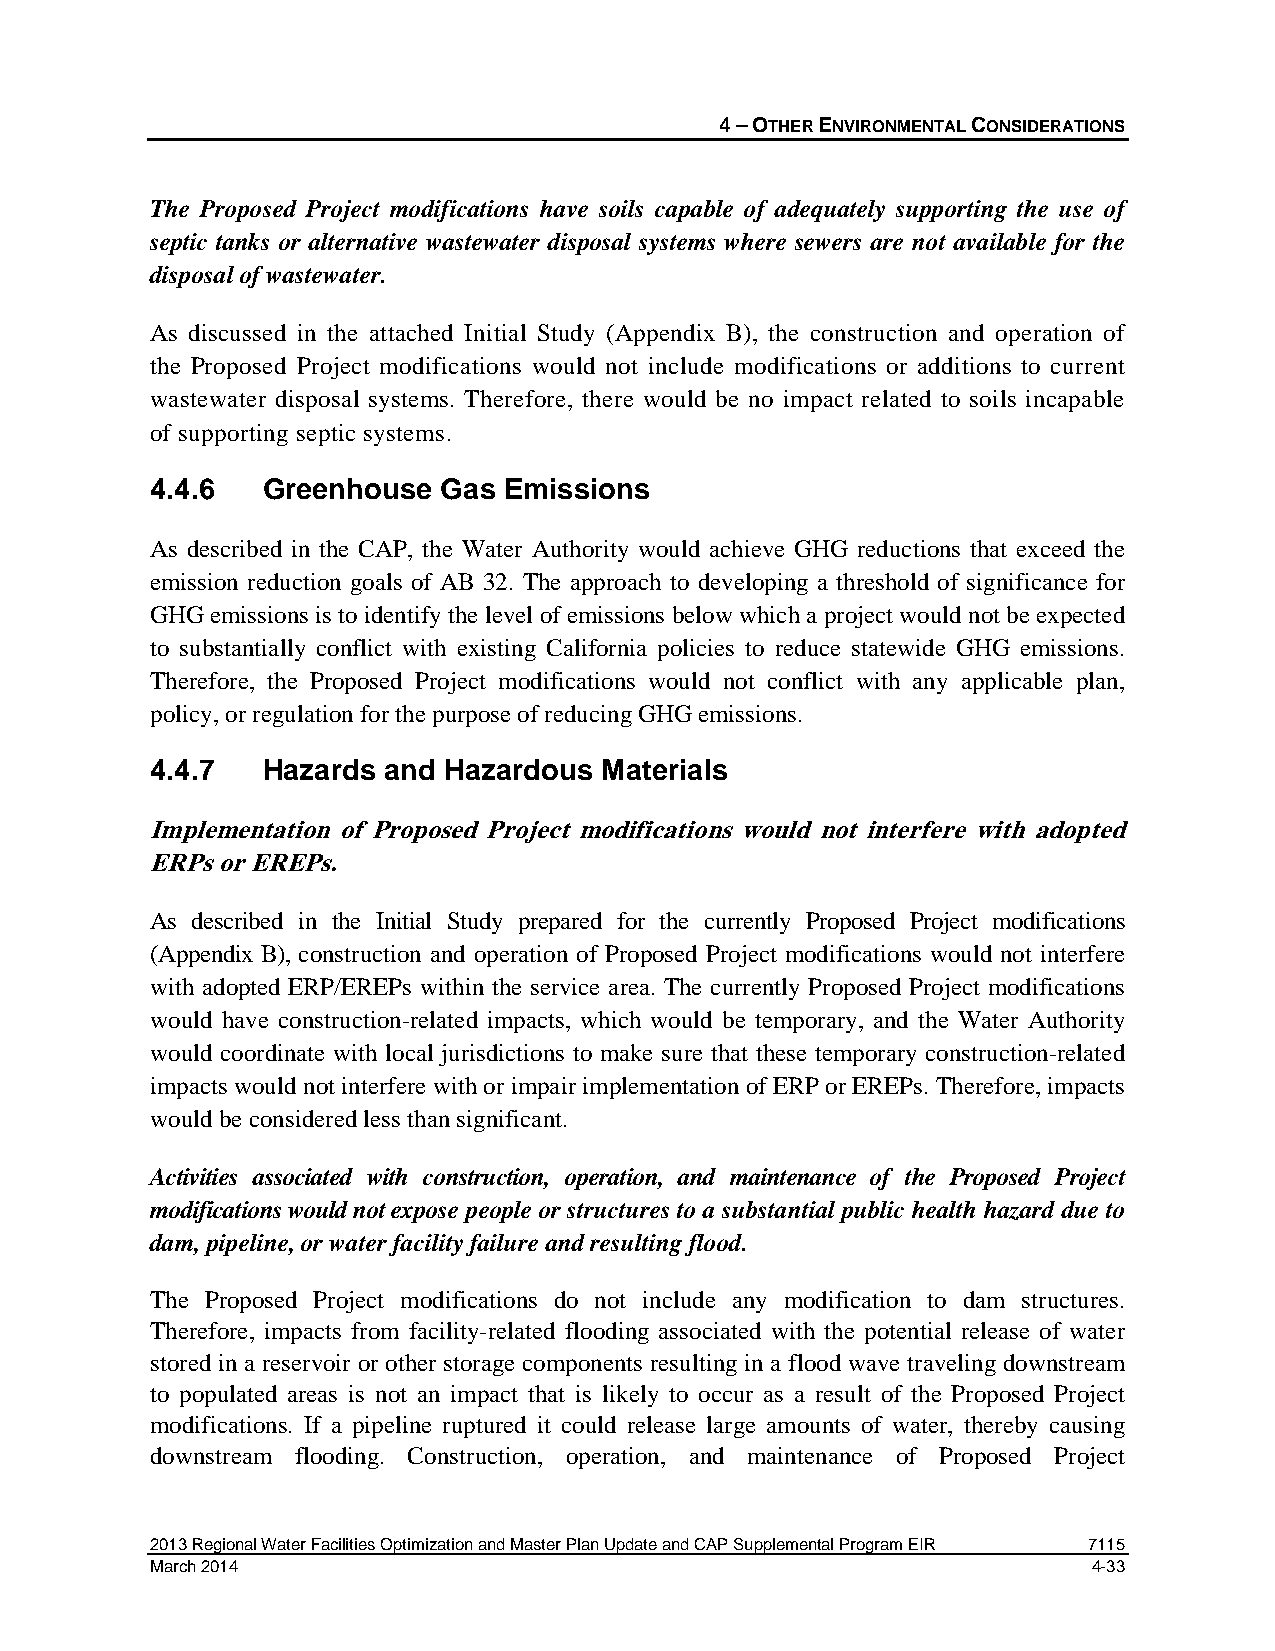
4 – OTHER ENVIRONMENTAL CONSIDERATIONS
 The Proposed Project modifications have soils capable of adequately supporting the use of
 septic tanks or alternative wastewater disposal systems where sewers are not available for the
 disposal of wastewater.
 As discussed in the attached Initial Study (Appendix B), the construction and operation of
 the Proposed Project modifications would not include modifications or additions to current
 wastewater disposal systems. Therefore, there would be no impact related to soils incapable
 of supporting septic systems.
 4.4.6  Greenhouse  Gas Emissions
 As described in the CAP, the Water Authority would achieve GHG reductions that exceed the
 emission reduction goals of AB 32. The approach to developing a threshold of significance for
 GHG emissions is to identify the level of emissions below which a project would not be expected
 to substantially conflict with existing California policies to reduce statewide GHG emissions.
 Therefore, the Proposed Project modifications would not conflict with any applicable plan,
 policy, or regulation for the purpose of reducing GHG emissions.
 4.4.7  Hazards and Hazardous  Materials
 Implementation of Proposed Project modifications would not interfere with adopted
 ERPs or EREPs.
 As described in the Initial Study prepared for the currently Proposed Project modifications
 (Appendix B), construction and operation of Proposed Project modifications would not interfere
 with adopted ERP/EREPs within the service area. The currently Proposed Project modifications
 would have construction-related impacts, which would be temporary, and the Water Authority
 would coordinate with local jurisdictions to make sure that these temporary construction-related
 impacts would not interfere with or impair implementation of ERP or EREPs. Therefore, impacts
 would be considered less than significant.
 Activities associated with construction, operation, and maintenance of the Proposed Project
 modifications would not expose people or structures to a substantial public health hazard due to
 dam, pipeline, or water facility failure and resulting flood.
 The Proposed Project modifications do not include any modification to dam structures.
 Therefore, impacts from facility-related flooding associated with the potential release of water
 stored in a reservoir or other storage components resulting in a flood wave traveling downstream
 to populated areas is not an impact that is likely to occur as a result of the Proposed Project
 modifications. If a pipeline ruptured it could release large amounts of water, thereby causing
 downstream flooding. Construction, operation, and maintenance of Proposed Project
 2013 Regional Water Facilities Optimization and Master Plan Update and CAP Supplemental Program EIR 7115
 March 2014                                                    4-33